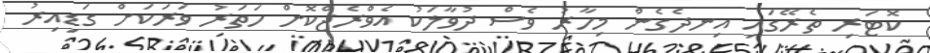
ކޮޓަރި ތެރޭގައި އިނދެގެން މިހާރު ވެސް ދުވާލަކު އެވްރެޖްކޮށް ހަތަރު ވަރަކަށް ގަޑިއިރު